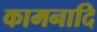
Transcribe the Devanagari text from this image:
कामनादि